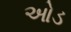
ઓડ